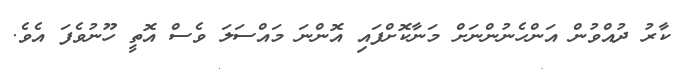
ކާރު ދުއްވުން އަންހެނުންނަށް މަނާކޮށްފައި އޮންނަ މައްސަލަ ވެސް އޮތީ ހޫނުވެފަ އެވެ.